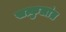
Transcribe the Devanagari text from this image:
सत्कुलांत